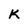
Character: K